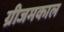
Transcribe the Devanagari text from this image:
ग्रीजमकाल